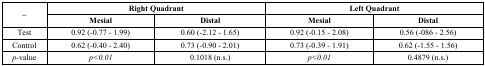
<table><thead><tr><td rowspan="2"><b>–</b></td><td colspan="2"><b>Right Quadrant</b></td><td colspan="2"><b>Left Quadrant</b></td></tr><tr><td><b>Mesial</b></td><td><b>Distal</b></td><td><b>Mesial</b></td><td><b>Distal</b></td></tr></thead><tbody><tr><td>Test</td><td>0.92 (-0.77 - 1.99)</td><td>0.60 (-2.12 - 1.65)</td><td>0.92 (-0.15 - 2.08)</td><td>0.56 (-086 - 2.56)</td></tr><tr><td>Control</td><td>0.62 (-0.40 - 2.40)</td><td>0.73 (-0.90 - 2.01)</td><td>0.73 (-0.39 -1.91)</td><td>0.62 (-1.55 -1.56)</td></tr><tr><td><i>p</i>-value</td><td><i>p&lt;0.01</i></td><td>0.1018 (n.s.)</td><td><i>p&lt;0.01</i></td><td>0.4879 (n.s.)</td></tr></tbody></table>